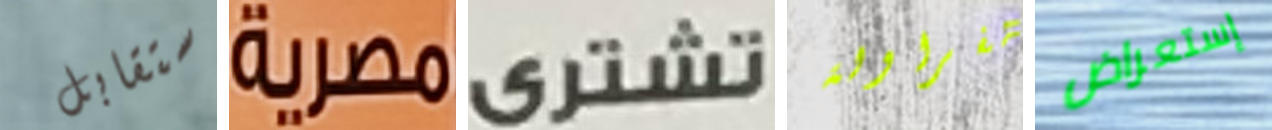
ستقابل مصرية تشترى الفراولة إستعراض